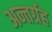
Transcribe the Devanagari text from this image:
अन्तर्ग्रह